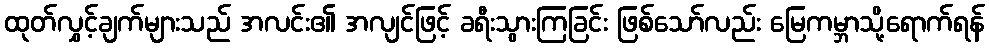
ထုတ်လွှင့်ချက်များသည် အလင်း၏ အလျင်ဖြင့် ခရီးသွားကြခြင်း ဖြစ်သော်လည်း မြေကမ္ဘာသို့ရောက်ရန်